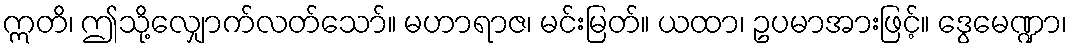
ဣတိ၊ ဤသို့လျှောက်လတ်သော်။ မဟာရာဇ၊ မင်းမြတ်။ ယထာ၊ ဥပမာအားဖြင့်။ ဒွေမေဏ္ဍာ၊